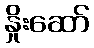
နှိုးဆော်